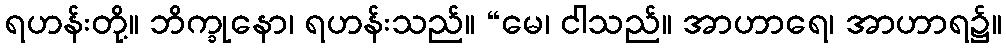
ရဟန်းတို့။ ဘိက္ခုနော၊ ရဟန်းသည်။ “မေ၊ ငါသည်။ အာဟာရေ၊ အာဟာရ၌။